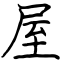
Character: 屋